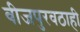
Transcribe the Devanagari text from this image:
वीजपुरवठाही